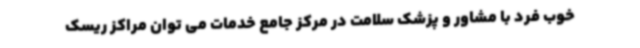
خوب فرد با مشاور و پزشک سلامت در مرکز جامع خدمات می توان مراکز ریسک